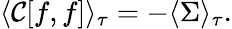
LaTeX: \langle\mathcal{C}[f,f]\rangle_{\tau}=-\langle\Sigma\rangle_{\tau}.